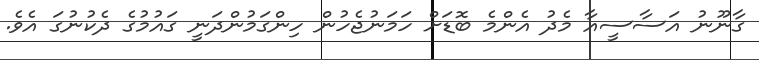
ގާނޫނު އަސާސީއާ މެދު އެންމެ ބޮޑަށް ހަމަނުޖެހުން ހިންގަމުންދަނީ ގައުުމުގެ ދެކުނުގަ އެވެ.